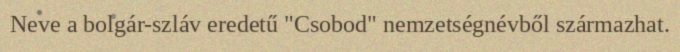
Neve a bolgár-szláv eredetű "Csobod" nemzetségnévből származhat.